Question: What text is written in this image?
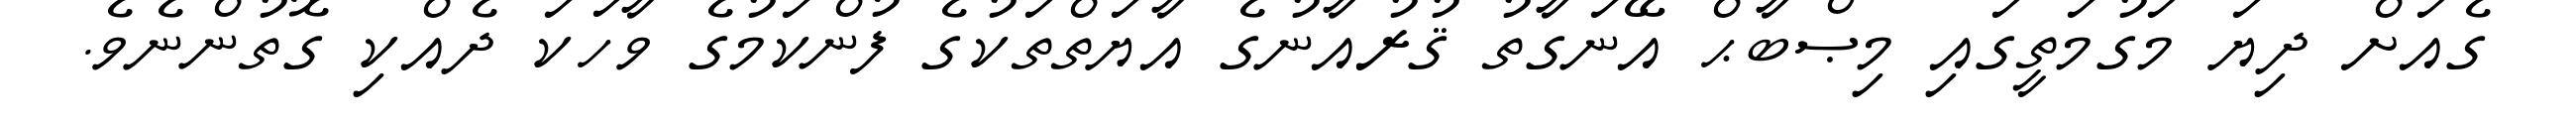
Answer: ގެއަށް ދިޔަ މަގުމަތީގައި މިޞްބާޙް އޭނަގާތު ޤުރުއާނުގެ އާޔަތްތަކުގެ ފުންކަމުގެ ވާހަކަ ދެއްކި ގޮތުންނެވެ.